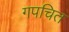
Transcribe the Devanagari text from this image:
गपचित